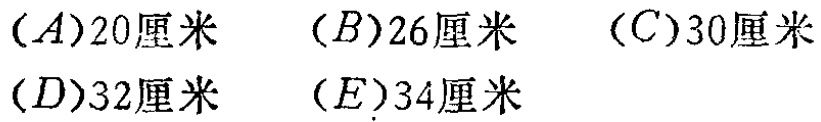
$(A)20\text{厘米}\quad (B)26\text{厘米}\quad (C)30\text{厘米}\\(D)32\text{厘米}\quad (E)34\text{厘米}$